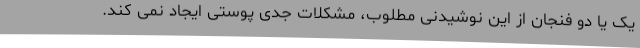
یک یا دو فنجان از این نوشیدنی مطلوب، مشکلات جدی پوستی ایجاد نمی کند.